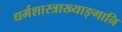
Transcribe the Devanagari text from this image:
धर्मशास्त्राख्याङ्गानि